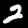
Label: 2